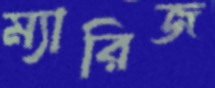
ম্যারিজ